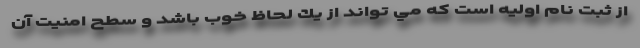
از ثبت نام اوليه است كه مي تواند از يك لحاظ خوب باشد و سطح امنيت آن